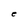
Character: e